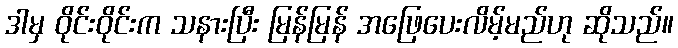
ဒါမှ ဝိုင်းဝိုင်းက သနားပြီး မြန်မြန် အဖြေပေးလိမ့်မည်ဟု ဆိုသည်။